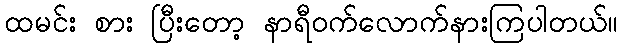
ထမင်း စား ပြီးတော့ နာရီဝက်လောက်နားကြပါတယ်။